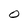
Character: O